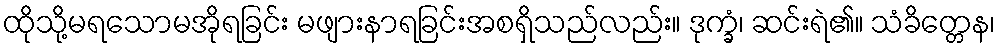
ထိုသို့မရသောမအိုရခြင်း မဖျားနာရခြင်းအစရှိသည်လည်း။ ဒုက္ခံ၊ ဆင်းရဲ၏။ သံခိတ္တေန၊